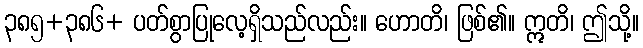
၃၈၅+၃၈၆+ ပတ်စွာပြုလေ့ရှိသည်လည်း။ ဟောတိ၊ ဖြစ်၏။ ဣတိ၊ ဤသို့။